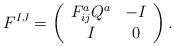
LaTeX: \begin{align*}F^{IJ}=\left(\begin{array}{cc} F^a_{ij}Q^a & -I \\ I & 0 \end{array} \right).\end{align*}